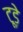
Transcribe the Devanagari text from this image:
टूड़े